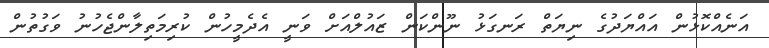
އަނެއްކޮޅުން އައްޔަދުގެ ނިޔަތް ރަނގަޅު ނޫންކަން ޒައުލްއަށް ވަނީ އެދެމީހުން ކުރިމަތިލާންޖެހުނު ވަގުތުން